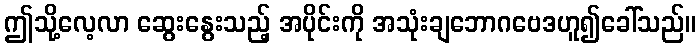
ဤသို့လေ့လာ ဆွေးနွေးသည့် အပိုင်းကို အသုံးချဘောဂဗေဒဟူ၍ခေါ်သည်။